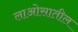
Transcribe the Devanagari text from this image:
लाओसातील